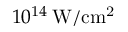
1 0 ^ { 1 4 } \, \mathrm { W / c m ^ { 2 } }